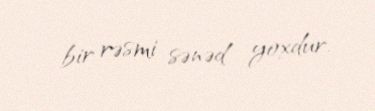
bir rəsmi sənəd yoxdur.